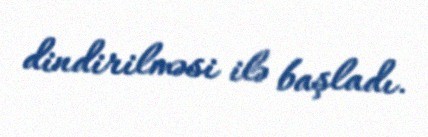
dindirilməsi ilə başladı.